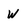
Character: w